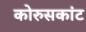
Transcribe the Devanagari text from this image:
कोरुसकांट